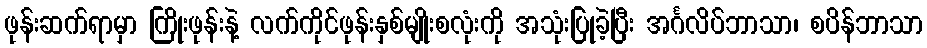
ဖုန်းဆက်ရာမှာ ကြိုးဖုန်းနဲ့ လက်ကိုင်ဖုန်းနှစ်မျိုးစလုံးကို အသုံးပြုခဲ့ပြီး အင်္ဂလိပ်ဘာသာ၊ စပိန်ဘာသာ